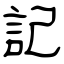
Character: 記